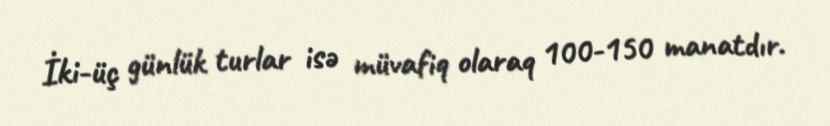
İki-üç günlük turlar isə müvafiq olaraq 100-150 manatdır.